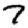
Digit: 7